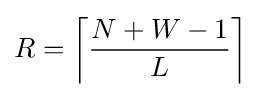
R=\left\lceil {\frac {N+W-1}{L}}\right\rceil